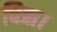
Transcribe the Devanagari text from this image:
चित्रा।